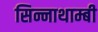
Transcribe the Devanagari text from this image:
सिन्नाथाम्बी